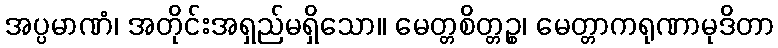
အပ္ပမာဏံ၊ အတိုင်းအရှည်မရှိသော။ မေတ္တစိတ္တဉ္စ၊ မေတ္တာကရုဏာမုဒိတာ